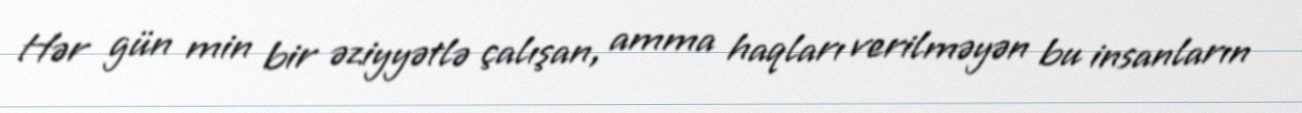
Hər gün min bir əziyyətlə çalışan, amma haqları verilməyən bu insanların